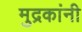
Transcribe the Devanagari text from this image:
मुद्रकांनी